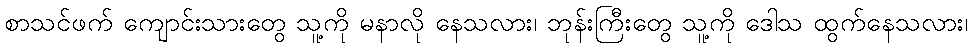
စာသင်ဖက် ကျောင်းသားတွေ သူ့ကို မနာလို နေသလား၊ ဘုန်းကြီးတွေ သူ့ကို ဒေါသ ထွက်နေသလား၊